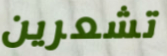
تشعرين